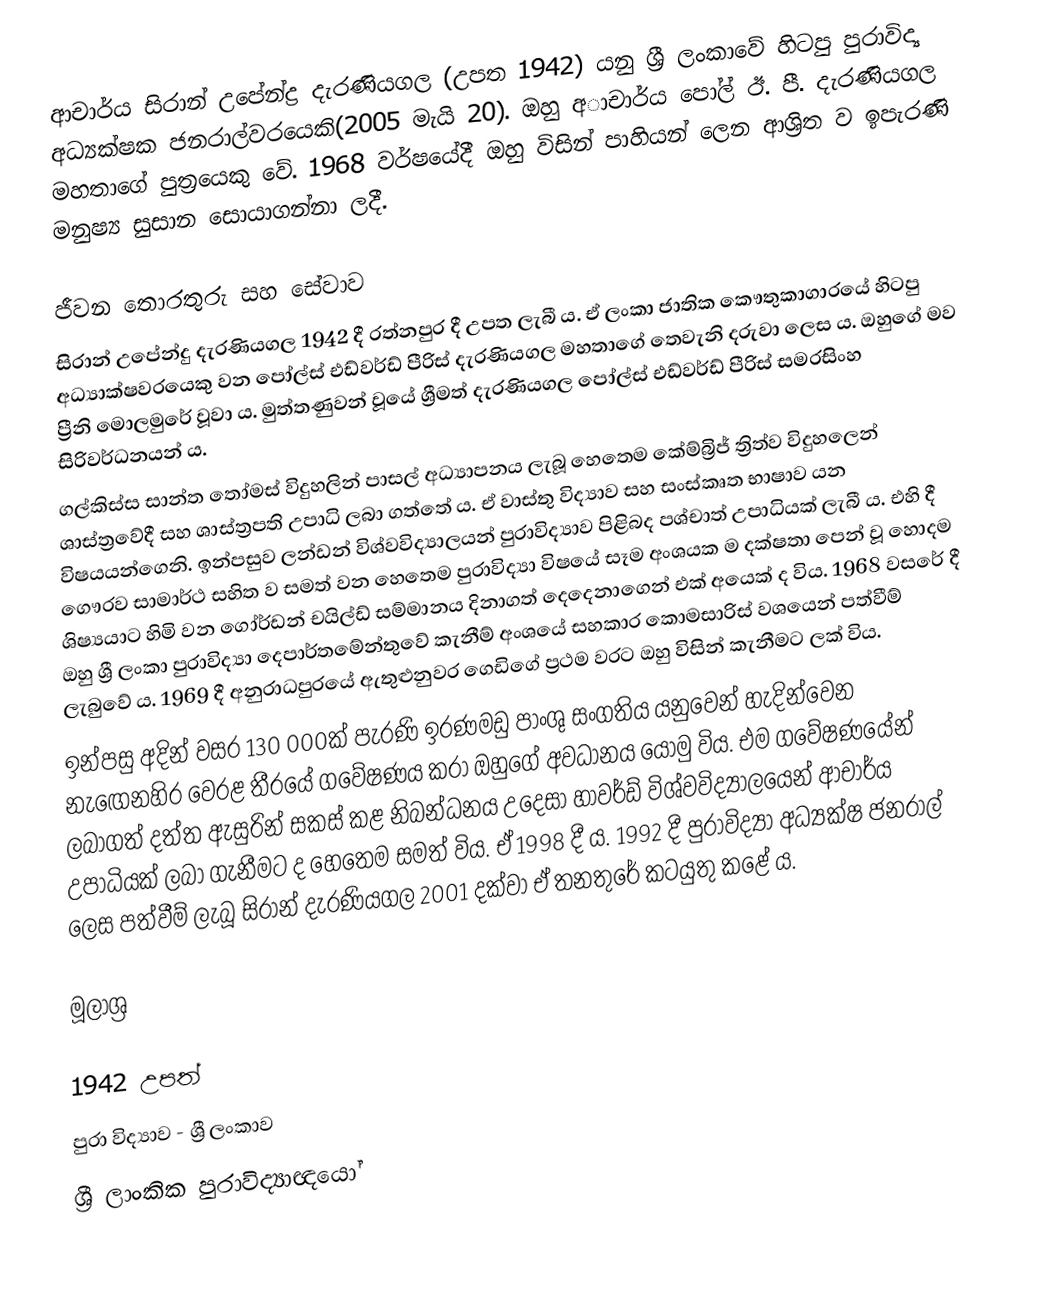
ආචාර්ය සිරාන් උපේන්ද්‍ර දැරණියගල (උපත 1942) යනු ශ්‍රී ලංකාවේ හිටපු පුරාවිද්‍ය අධ්‍යක්ෂක ජනරාල්වරයෙකි(2005 මැයි 20). ඔහු අාචාර්ය පෝල් ඊ. පී. දැරණියගල මහතාගේ පුත්‍රයෙකු වේ. 1968 වර්ෂයේදී ඔහු විසින් පාහියන් ලෙන ආශ්‍රිත ව ඉපැරණි මනුෂ්‍ය සුසාන සොයාගන්නා ලදී.

ජීවන තොරතුරු සහ සේවාව
සිරාන් උපේන්දු දැරණියගල 1942 දී රත්නපුර දී උපත ලැබී ය. ඒ ලංකා ජාතික කෞතුකාගාරයේ හිටපු අධ්‍යාක්ෂවරයෙකු වන පෝල්ස් එඩ්වර්ඩ් පීරිස් දැරණියගල මහතාගේ තෙවැනි දරුවා ලෙස ය. ඔහුගේ මව ප්‍රීනි මොලමුරේ වූවා ය. මුත්තණුවන් වූයේ ශ්‍රීමත් දැරණියගල පෝල්ස් එඩ්වර්ඩ් පීරිස් සමරසිංහ සිරිවර්ධනයන් ය.
ගල්කිස්ස සාන්ත තෝමස් විදුහලින් පාසල් අධ්‍යාපනය ලැබූ හෙතෙම කේම්බ්‍රිජ් ත්‍රිත්ව විදුහලෙන් ශාස්ත්‍රවේදී සහ ශාස්ත්‍රපති උපාධි ලබා ගත්තේ ය. ඒ වාස්තු විද්‍යාව සහ සංස්කෘත භාෂාව යන විෂයයන්ගෙනි. ඉන්පසුව ලන්ඩන් විශ්වවිද්‍යාලයන් පුරාවිද්‍යාව පිළිබද පශ්චාත් උපාධියක් ලැබී ය. එහි දී ගෞරව සාමාර්ථ සහිත ව සමත් වන හෙතෙම පුරාවිද්‍යා විෂයේ සෑම අංශයක ම දක්ෂතා පෙන් වූ හොදම ශිෂ්‍යයාට හිමි වන ගෝර්ඩන් චයිල්ඩ් සම්මානය දිනාගත් දෙදෙනාගෙන් එක් අයෙක් ද විය. 1968 වසරේ දී ඔහු ශ්‍රී ලංකා පුරාවිද්‍යා දෙපාර්තමේන්තුවේ කැනීම් අංශයේ සහකාර කොමසාරිස් වශයෙන් පත්වීම් ලැබුවේ ය. 1969 දී අනුරාධපුරයේ ඇතුළුනුවර ගෙඩිගේ ප්‍රථම වරට ඔහු විසින් කැනීමට ලක් විය.
ඉන්පසු අදින් වසර 130 000ක් පැරණි ඉරණමඩු පාංශු සංගතිය යනුවෙන් හැදින්වෙන නැඟෙනහිර වෙරළ තීරයේ ගවේෂණය කරා ඔහුගේ අවධානය යොමු විය. එම ගවේෂණයේන් ලබාගත් දත්ත ඇසුරින් සකස් කළ නිබන්ධනය උදෙසා හාවර්ඩ් විශ්වවිද්‍යාලයෙන් ආචාර්ය උපාධියක් ලබා ගැනීමට ද හෙතෙම සමත් විය. ඒ 1998 දී ය. 1992 දී පුරාවිද්‍යා අධ්‍යක්ෂ ජනරාල් ලෙස පත්වීම් ලැබූ සිරාන් දැරණියගල 2001 දක්වා ඒ තනතුරේ කටයුතු කළේ ය.

මූලාශ්‍ර

1942 උපත්
පුරා විද්‍යාව - ශ්‍රී ලංකාව
ශ්‍රී ලාංකික පුරාවිද්‍යාඥයෝ